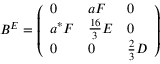
B ^ { E } = \left( \begin{array} { l l l } { { 0 } } & { { a F } } & { { 0 } } \\ { { a ^ { * } F } } & { { { \frac { 1 6 } { 3 } } E } } & { { 0 } } \\ { { 0 } } & { { 0 } } & { { { \frac { 2 } { 3 } } D } } \end{array} \right)